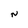
Character: N